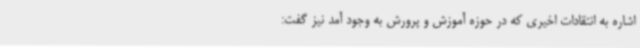
اشاره به انتقادات اخیری که در حوزه آموزش و پرورش به وجود آمد نیز گفت: